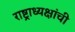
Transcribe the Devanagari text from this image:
राष्ट्राध्यक्षांची